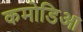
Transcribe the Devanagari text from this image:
कमोडिआ